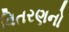
વિતરણનો